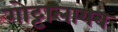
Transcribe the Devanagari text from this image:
गोट्टालायब